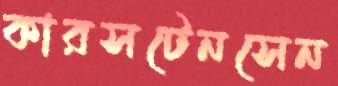
কারসটেনসেন